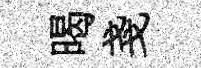
暍戔